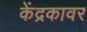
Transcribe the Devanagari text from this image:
केंद्रकावर